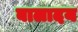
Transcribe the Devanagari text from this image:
बालादय